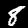
Digit: 8